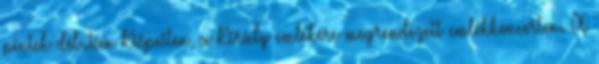
péntek délután Kispesten, a Király emlékére megrendezett emlékkoncerten. A